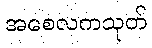
အစေလကသုတ်